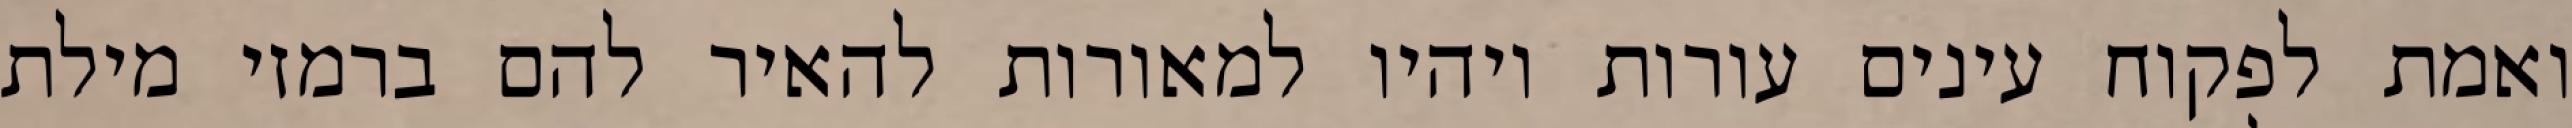
ואמת לפקוח עינים עורות ויהיו למאורות להאיר להם ברמזי מילת